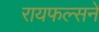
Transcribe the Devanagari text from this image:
रायफल्सने